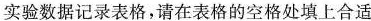
实验数据记录表格，请在表格的空格处填上合适